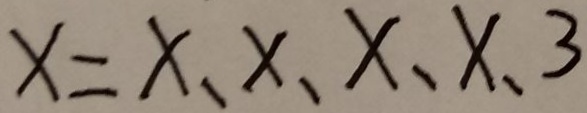
x = x 、 x 、 x 、 x 、 3